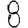
Digit: 8